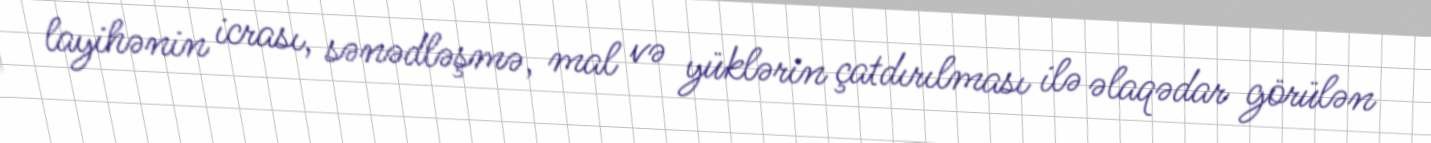
layihənin icrası, sənədləşmə, mal və yüklərin çatdırılması ilə əlaqədar görülən